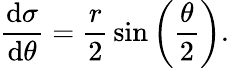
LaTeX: {\frac{\mathrm{d}\sigma}{\mathrm{d}\theta}}={\frac{r}{2}}\sin\left({\frac{\theta}{2}}\right).